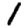
Digit: 1